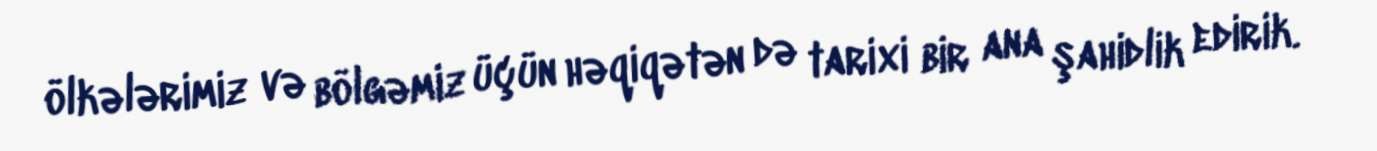
ölkələrimiz və bölgəmiz üçün həqiqətən də tarixi bir ana şahidlik edirik.